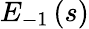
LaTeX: E_{-1}\left(s\right)